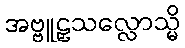
အဗ္ဗူဠှသလ္လောသ္မိ